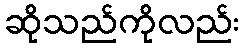
ဆိုသည်ကိုလည်း